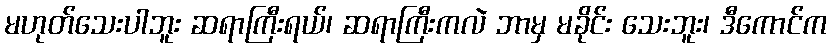
မဟုတ်သေးပါဘူး ဆရာကြီးရယ်၊ ဆရာကြီးကလဲ ဘာမှ မခိုင်း သေးဘူး၊ ဒီကောင်က